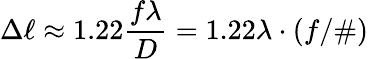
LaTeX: \Delta\ell\approx 1.22{\frac{f\lambda}{D}}=1.22\lambda\cdot(f/\# )